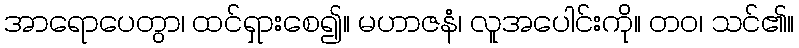
အာရောပေတွာ၊ ထင်ရှားစေ၍။ မဟာဇနံ၊ လူအပေါင်းကို။ တဝ၊ သင်၏။